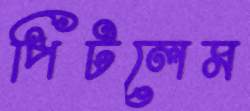
পিটলেম